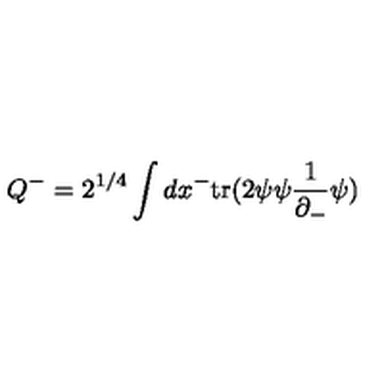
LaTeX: Q ^ { - } = 2 ^ { 1 / 4 } \int d x ^ { - } \mathrm { t r } ( 2 \psi \psi \frac { 1 } { \partial _ { - } } \psi )